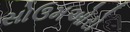
સોઉમઓરો